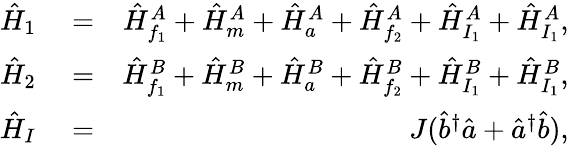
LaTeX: \begin{array}{rlr}{\hat{H}_{1}}&{{}=}&{\hat{H}_{f_{1}}^{A}+\hat{H}_{m}^{A}+\hat{H}_{a}^{A}+\hat{H}_{f_{2}}^{A}+\hat{H}_{I_{1}}^{A}+\hat{H}_{I_{1}}^{A},}\\ {\hat{H}_{2}}&{{}=}&{\hat{H}_{f_{1}}^{B}+\hat{H}_{m}^{B}+\hat{H}_{a}^{B}+\hat{H}_{f_{2}}^{B}+\hat{H}_{I_{1}}^{B}+\hat{H}_{I_{1}}^{B},}\\ {\hat{H}_{I}}&{{}=}&{J(\hat{b}^{\dagger}\hat{a}+\hat{a}^{\dagger}\hat{b}),}\end{array}